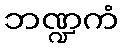
ဘဏ္ဍကံ